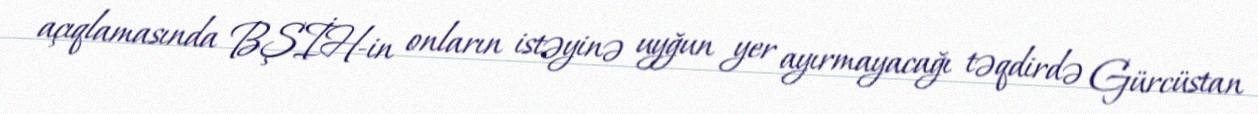
açıqlamasında BŞİH-in onların istəyinə uyğun yer ayırmayacağı təqdirdə Gürcüstan